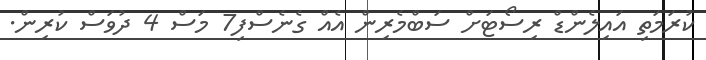
ކުރަމަތި އައިލެންޑް ރިސޯޓަށް ސަބްމެރިން އެއް ގެނެސްފި7 މަސް 4 ދުވަސް ކުރިން.